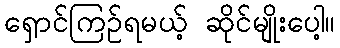
ရှောင်ကြဉ်ရမယ့် ဆိုင်မျိုးပေါ့။